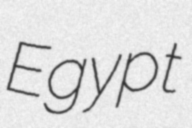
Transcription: Egypt